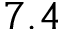
7 . 4